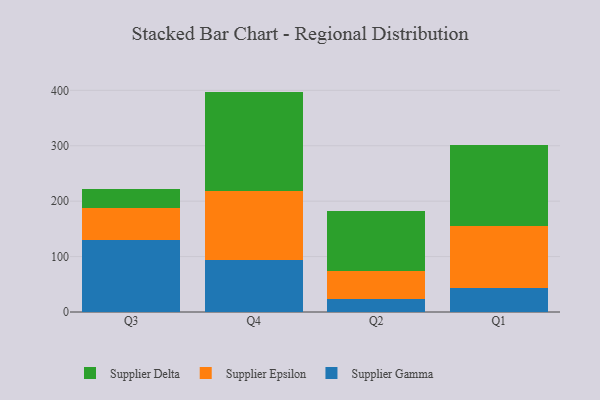
{"axis": {"x": "Quarter", "y": "Production Output"}, "legend": ["Supplier Delta", "Supplier Epsilon", "Supplier Gamma"], "data": [{"x": "Q3", "y": 130.0, "type": "Supplier Gamma"}, {"x": "Q3", "y": 56.9, "type": "Supplier Epsilon"}, {"x": "Q3", "y": 35.5, "type": "Supplier Delta"}, {"x": "Q4", "y": 93.8, "type": "Supplier Gamma"}, {"x": "Q4", "y": 124.6, "type": "Supplier Epsilon"}, {"x": "Q4", "y": 179.3, "type": "Supplier Delta"}, {"x": "Q2", "y": 23.3, "type": "Supplier Gamma"}, {"x": "Q2", "y": 50.0, "type": "Supplier Epsilon"}, {"x": "Q2", "y": 108.5, "type": "Supplier Delta"}, {"x": "Q1", "y": 43.2, "type": "Supplier Gamma"}, {"x": "Q1", "y": 112.0, "type": "Supplier Epsilon"}, {"x": "Q1", "y": 146.6, "type": "Supplier Delta"}]}